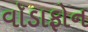
વૉડાફોન